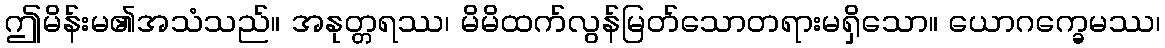
ဤမိန်းမ၏အသံသည်။ အနုတ္တရဿ၊ မိမိထက်လွန်မြတ်သောတရားမရှိသော။ ယောဂက္ခေမဿ၊